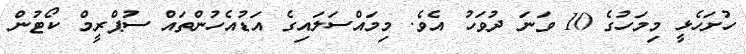
ހުށަހެޅީ މިމަހުގެ 10 ވަނަ ދުވަހު އެވެ. މިމައްސަލައިގެ އަޑުއެހުންތައް ސުޕްރީމް ކޯޓުން